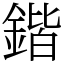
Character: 鍇